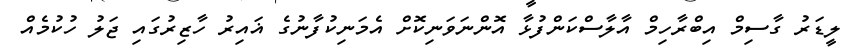
ލީޑަރު ގާސިމް އިބްރާހިމް އާލާސްކަންފުޅާ އޮންނަވަނިކޮށް އެމަނިކުފާނުގެ ޣައިރު ހާޒިރުގައި ޖަލު ހުކުމެއް